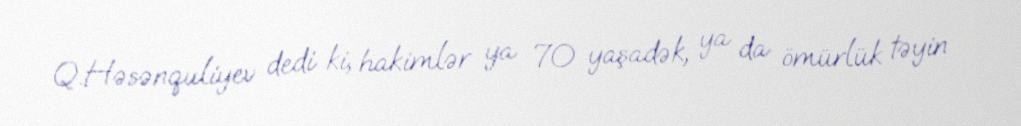
Q.Həsənquliyev dedi ki, hakimlər ya 70 yaşadək, ya da ömürlük təyin